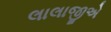
લાલાજીએ